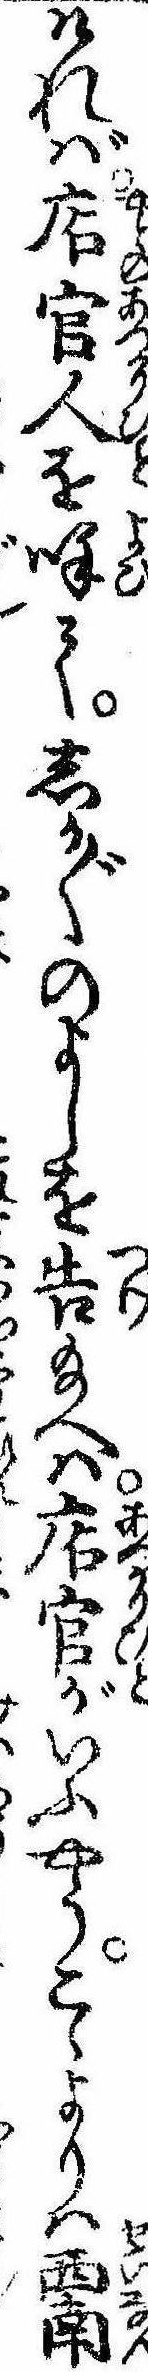
ければ店官人を呼てしか〲のよしを告給へは店官がいふやうこゝよりは西南